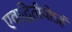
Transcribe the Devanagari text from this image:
एवाद्वितीयोऽहं